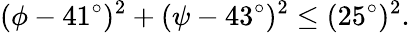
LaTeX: (\phi-41^{\circ})^{2}+(\psi-43^{\circ})^{2}\le(25^{\circ})^{2}.